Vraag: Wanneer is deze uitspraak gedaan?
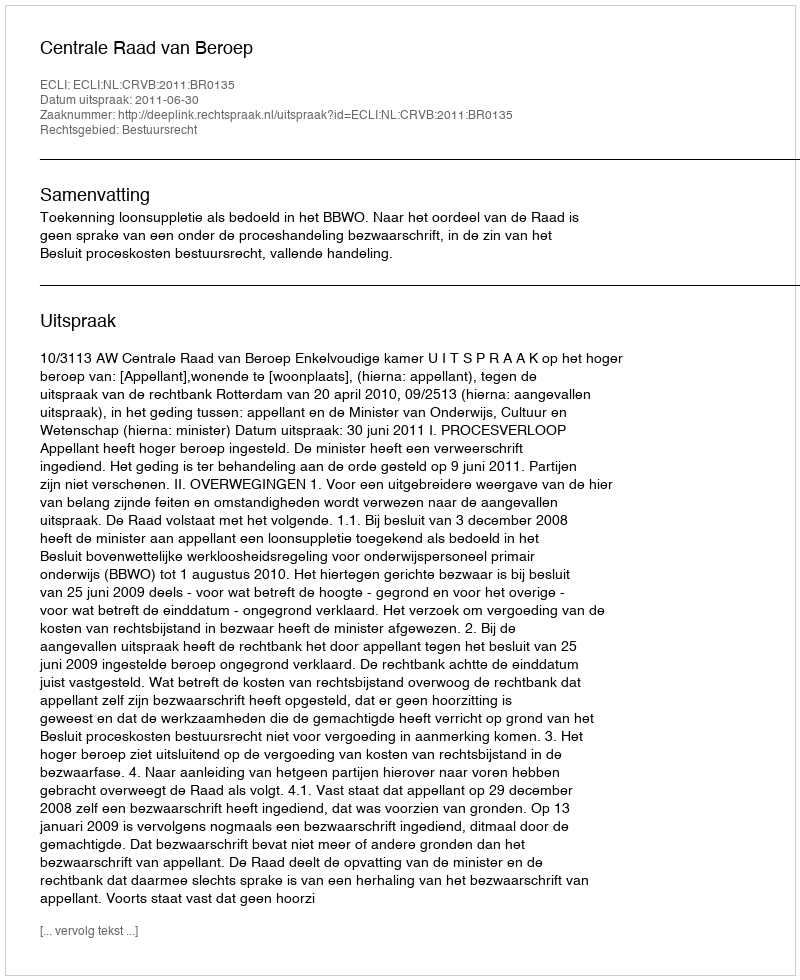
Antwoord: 2011-06-30